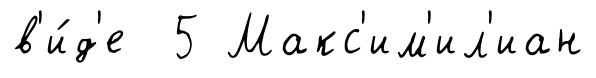
в'и́д'е 5 Макс'им'ил'иан